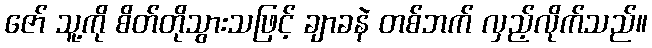
ဇော် သူ့ကို စိတ်တိုသွားသဖြင့် ချာခနဲ တစ်ဘက် လှည့်လိုက်သည်။